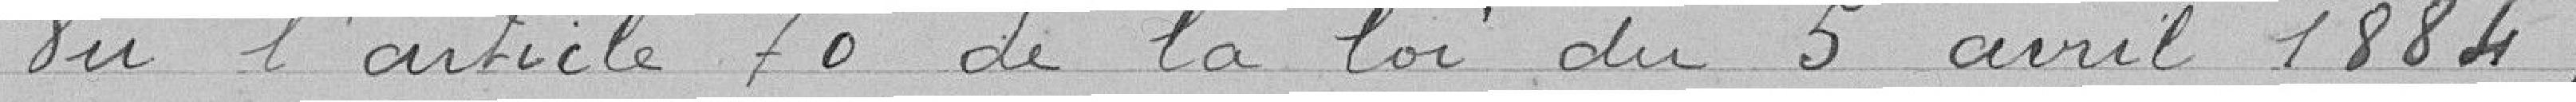
Vu l'article 70 de la loi du 5 avril 1884;